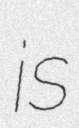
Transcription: is